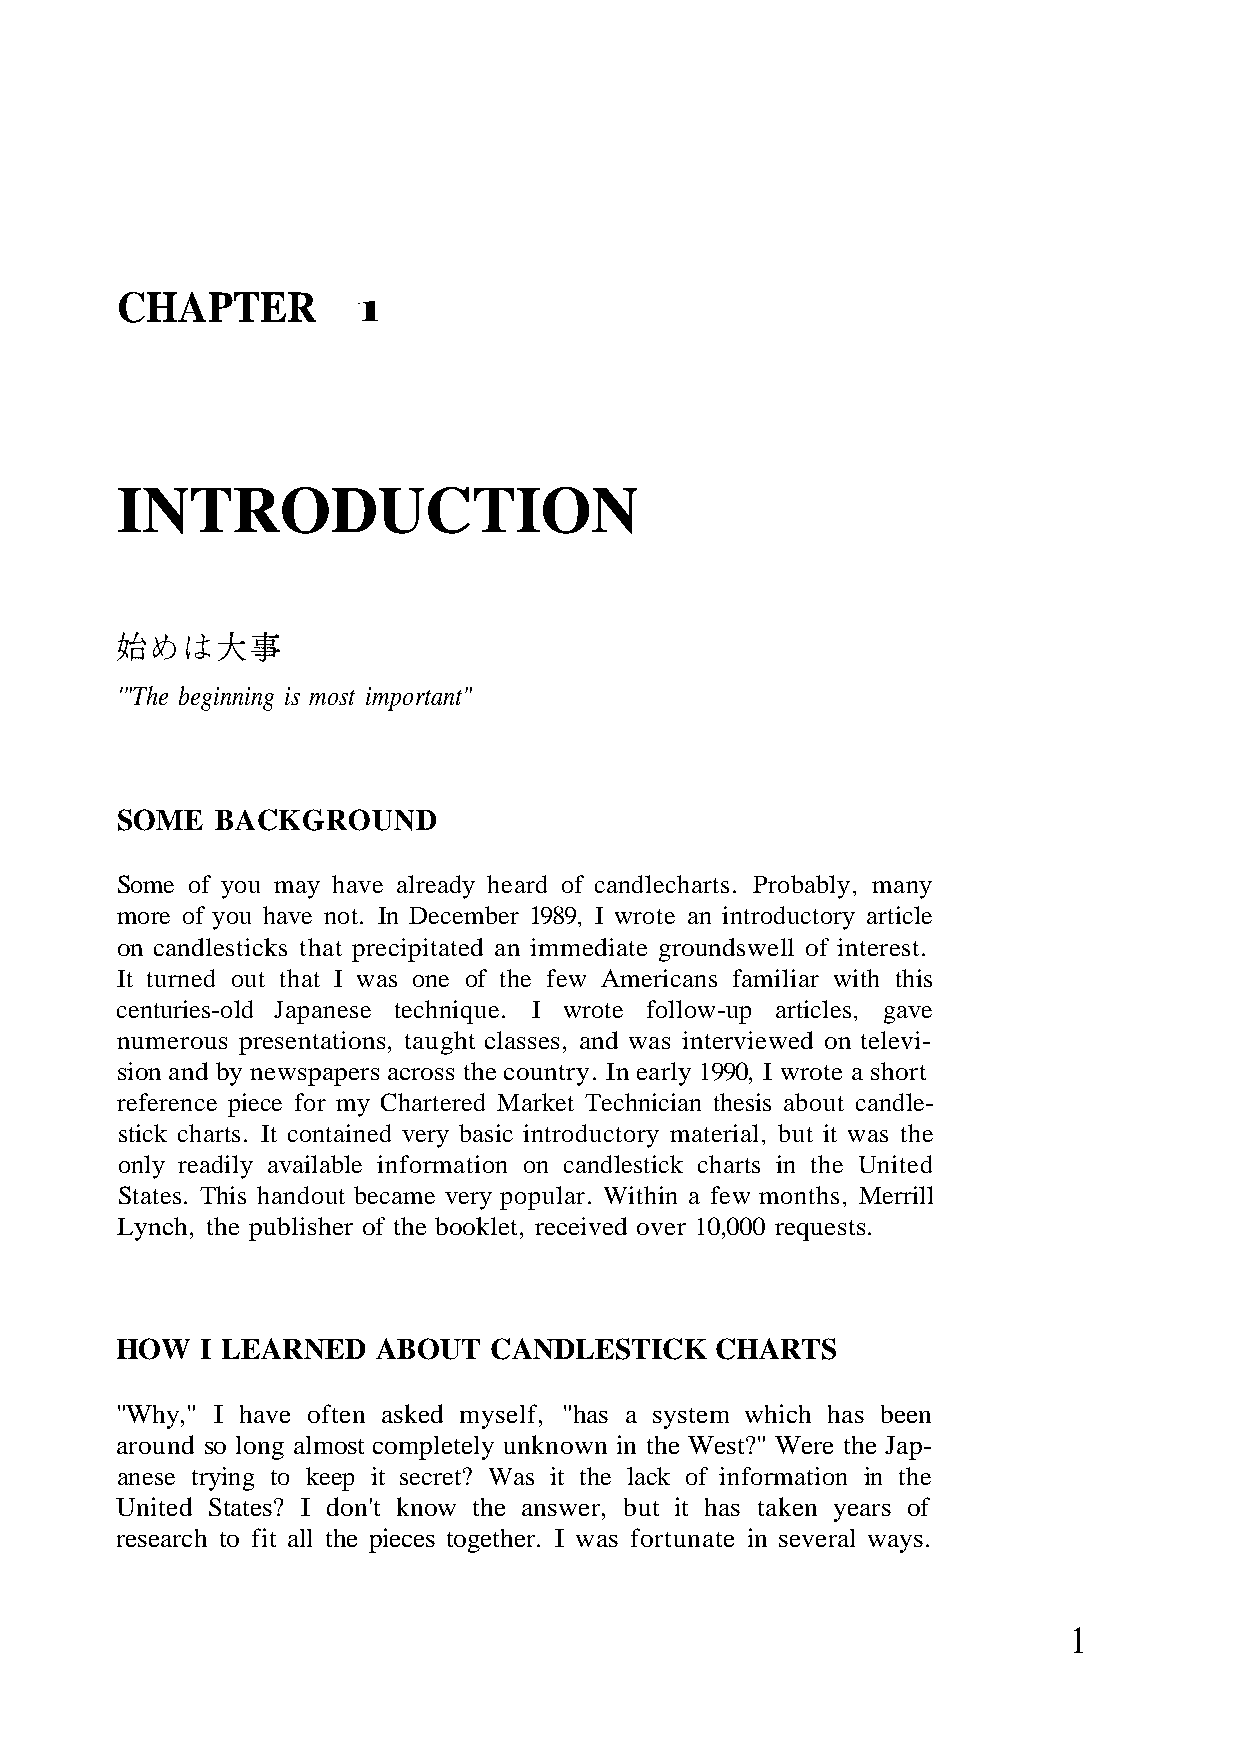
CHAPTER
 1
 INTRODUCTION
 SOME  BACKGROUND
 Some of you may have already heard of candlecharts. Probably, many
 more of you have not. In December 1989, I wrote an introductory article
 on candlesticks that precipitated an immediate groundswell of interest.
 It turned out that I was one of the few Americans familiar with this
 centuries-old Japanese technique. I wrote follow-up articles, gave
 numerous presentations, taught classes, and was interviewed on televi-
 sion and by newspapers across the country. In early 1990, I wrote a short
 reference piece for my Chartered Market Technician thesis about candle-
 stick charts. It contained very basic introductory material, but it was the
 only readily available information on candlestick charts in the United
 States. This handout became very popular. Within a few months, Merrill
 Lynch, the publisher of the booklet, received over 10,000 requests.
 HOW  I LEARNED   ABOUT  CANDLESTICK    CHARTS
 "Why," I have often asked myself, "has a system which has been
 around so long almost completely unknown in the West?" Were the Jap-
 anese trying to keep it secret? Was it the lack of information in the
 United States? I don't know the answer, but it has taken years of
 research to fit all the pieces together. I was fortunate in several ways.
 1
 " t n a t r o p m i t s o m s i g n i n n i g e b e h T " '